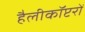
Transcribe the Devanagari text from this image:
हैलीकॉप्टरों